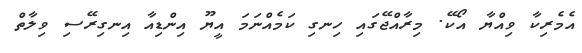
އެމެރިކާ ވިއްޔާ އޯކޭ. މިރާއްޖޭގައި ހިނގި ކަމެއްނަމަ އީޔޫ އިންޑިއާ އިނގިރޭސި ވިލާތް